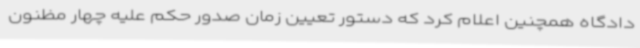
دادگاه همچنین اعلام کرد که دستور تعیین زمان صدور حکم علیه چهار مظنون